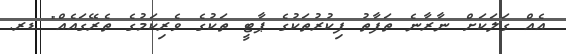
އެއް ގަލަކަށް ނާރާނެ ތަފާތު ފިކުރުތަކުގެ ޕާޓީ ތަކުގެ ވެރިކަމުގެ ތެރޭގައެއް" ޑރ.